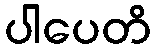
ပါပေတိ